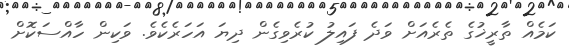
ކަމެއް ތާރީޚުގެ ތެރެއަށް ވަދެ ފައިލު ކުރެވިގެން ދިޔަ އަހަރެކެވެ. ވަކިން ހާއްސަކޮށް